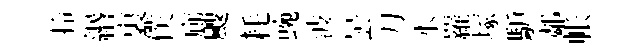
拎緡裏僕廊颼耗蜿波曇刀水羅塚馿鄰帐